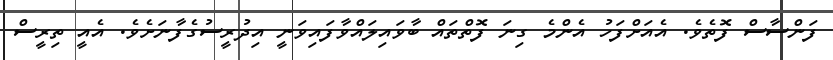
ފަންސާސް ފޮތެވެ. އެއަށްފަހު އެންމެ ގިނަ ފޮތްތައް ބާވައިލައްވާފައިވަނީ އިދުރީސުގެފާނަށެވެ. އެއީ ތިރީސް